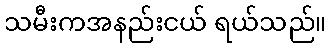
သမီးကအနည်းငယ် ရယ်သည်။